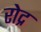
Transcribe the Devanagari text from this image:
रोद्र